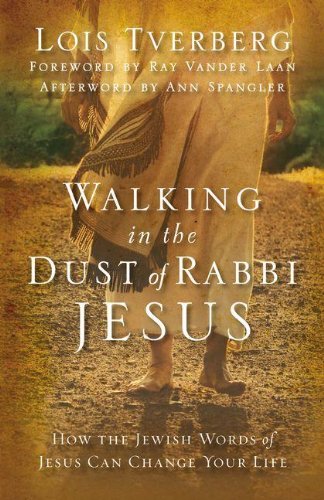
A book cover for Walking in the Dust of Rabbi Jesus: How the Jewish Words of Jesus Can Change Your Life; Lois Tverberg; Christian Books & Bibles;